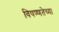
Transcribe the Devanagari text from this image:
विषण्णतेच्या